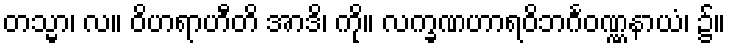
တသ္မာ၊ လ။ ဝိဟရာဟီတိ အာဒိ၊ ကို။ လက္ခဏဟာရဝိဘင်္ဂဝဏ္ဏနာယံ၊ ၌။